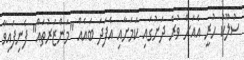
ސުލޫކު ހުރީ އެއަށް ވުރެ ދަށުގައި ކަމަށާއި އެފަދަ ބައެއް "މަންޒަރުތައް" ފެނިފައިވާ